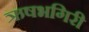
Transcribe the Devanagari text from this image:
ऋषभगिरी